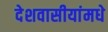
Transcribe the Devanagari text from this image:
देशवासीयांमधे